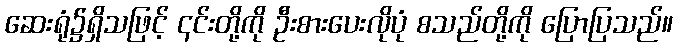
ဆေးရုံ၌ရှိသဖြင့် ၎င်းတို့ကို ဦးစားပေးလိုပုံ စသည်တို့ကို ပြောပြသည်။